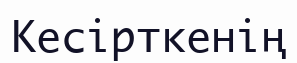
Кесірткенің